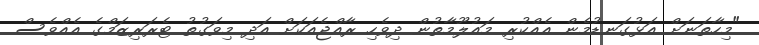
"މިހާތަނަށް އަޅުގަނޑުމެން އެއްކުރި މައުލޫމާތުން ދިވެހި ރާއްޖެއަކަށް އަދި މިވަގުތު ޓެރަރިޒަމްގެ އެއްވެސް